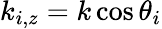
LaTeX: k_{i,z}=k\cos\theta_{i}